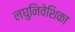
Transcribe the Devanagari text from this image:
लघुनिवेशिका